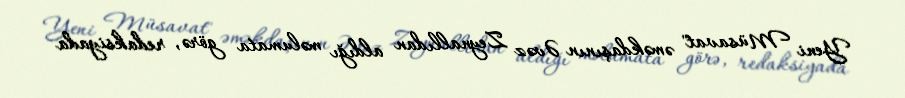
Yeni Müsavat" əməkdaşının Əvəz Zeynallıdan aldığı məlumata görə, redaksiyada